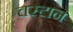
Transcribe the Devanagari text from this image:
चस्टान